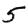
Digit: 5